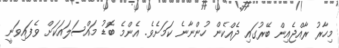
މިހާރު ރާއްޖެއިން ބޭރުގައި ދެއްކެން ހުންނާނެ ކަމަށެވެ. އެންމެ ބޮޑު މައްސަލައަކަށް ވެފައިވަނީ